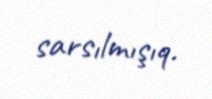
sarsılmışıq.